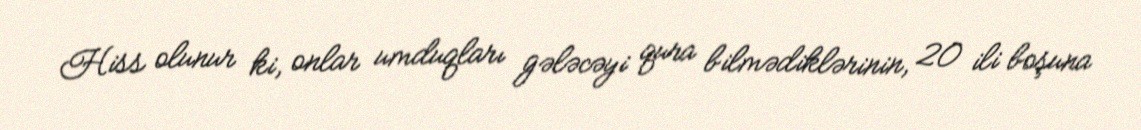
Hiss olunur ki, onlar umduqları gələcəyi qura bilmədiklərinin, 20 ili boşuna